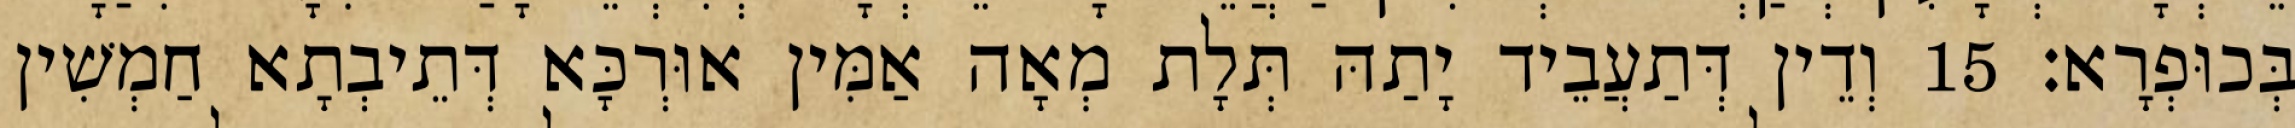
בְּכוּפְרָא׃ 15 וְדֵין דְּתַעֲבֵיד יָתַהּ תְּלָת מְאָה אַמִּין אוּרְכָּא דְּתֵיבְתָא חַמְשִׁין